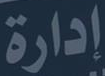
إدارة